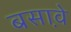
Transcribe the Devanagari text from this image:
बसावे़